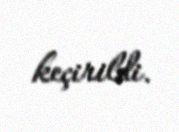
keçirildi.